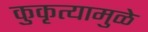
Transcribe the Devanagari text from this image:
कुकृत्यामुळे